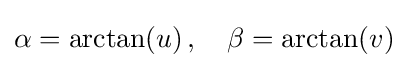
\alpha =\arctan(u)\,,\quad \beta =\arctan(v)